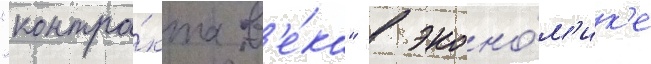
"контра́кта в'е́ка" в эконо́м'ик'е